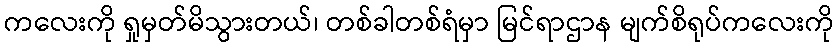
ကလေးကို ရှုမှတ်မိသွားတယ်၊ တစ်ခါတစ်ရံမှာ မြင်ရာဌာန မျက်စိရုပ်ကလေးကို